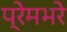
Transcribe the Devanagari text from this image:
प्रेमभरे